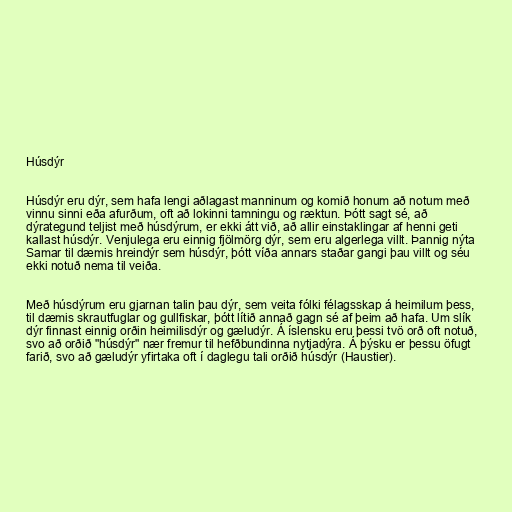
Húsdýr

Húsdýr eru dýr, sem hafa lengi aðlagast manninum og komið honum að notum með
vinnu sinni eða afurðum, oft að lokinni tamningu og ræktun. Þótt sagt sé, að
dýrategund teljist með húsdýrum, er ekki átt við, að allir einstaklingar af henni geti
kallast húsdýr. Venjulega eru einnig fjölmörg dýr, sem eru algerlega villt. Þannig nýta
Samar til dæmis hreindýr sem húsdýr, þótt víða annars staðar gangi þau villt og séu
ekki notuð nema til veiða.

Með húsdýrum eru gjarnan talin þau dýr, sem veita fólki félagsskap á heimilum þess,
til dæmis skrautfuglar og gullfiskar, þótt lítið annað gagn sé af þeim að hafa. Um slík
dýr finnast einnig orðin heimilisdýr og gæludýr. Á íslensku eru þessi tvö orð oft notuð,
svo að orðið "húsdýr" nær fremur til hefðbundinna nytjadýra. Á þýsku er þessu öfugt
farið, svo að gæludýr yfirtaka oft í daglegu tali orðið húsdýr (Haustier).